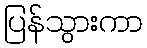
ပြန်သွားကာ